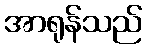
အာရုန်သည်